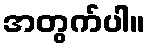
အတွက်ပါ။